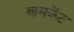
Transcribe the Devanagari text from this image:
बासकेंट